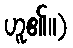
ဟူ၏။)